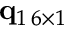
{ \bf q } _ { 1 \, 6 \times 1 }